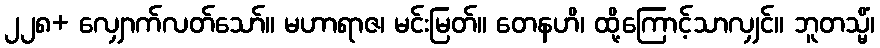
၂၂၈+ လျှောက်လတ်သော်။ မဟာရာဇ၊ မင်းမြတ်။ တေနဟိ၊ ထို့ကြောင့်သာလျှင်။ ဘူတသ္မိံ၊